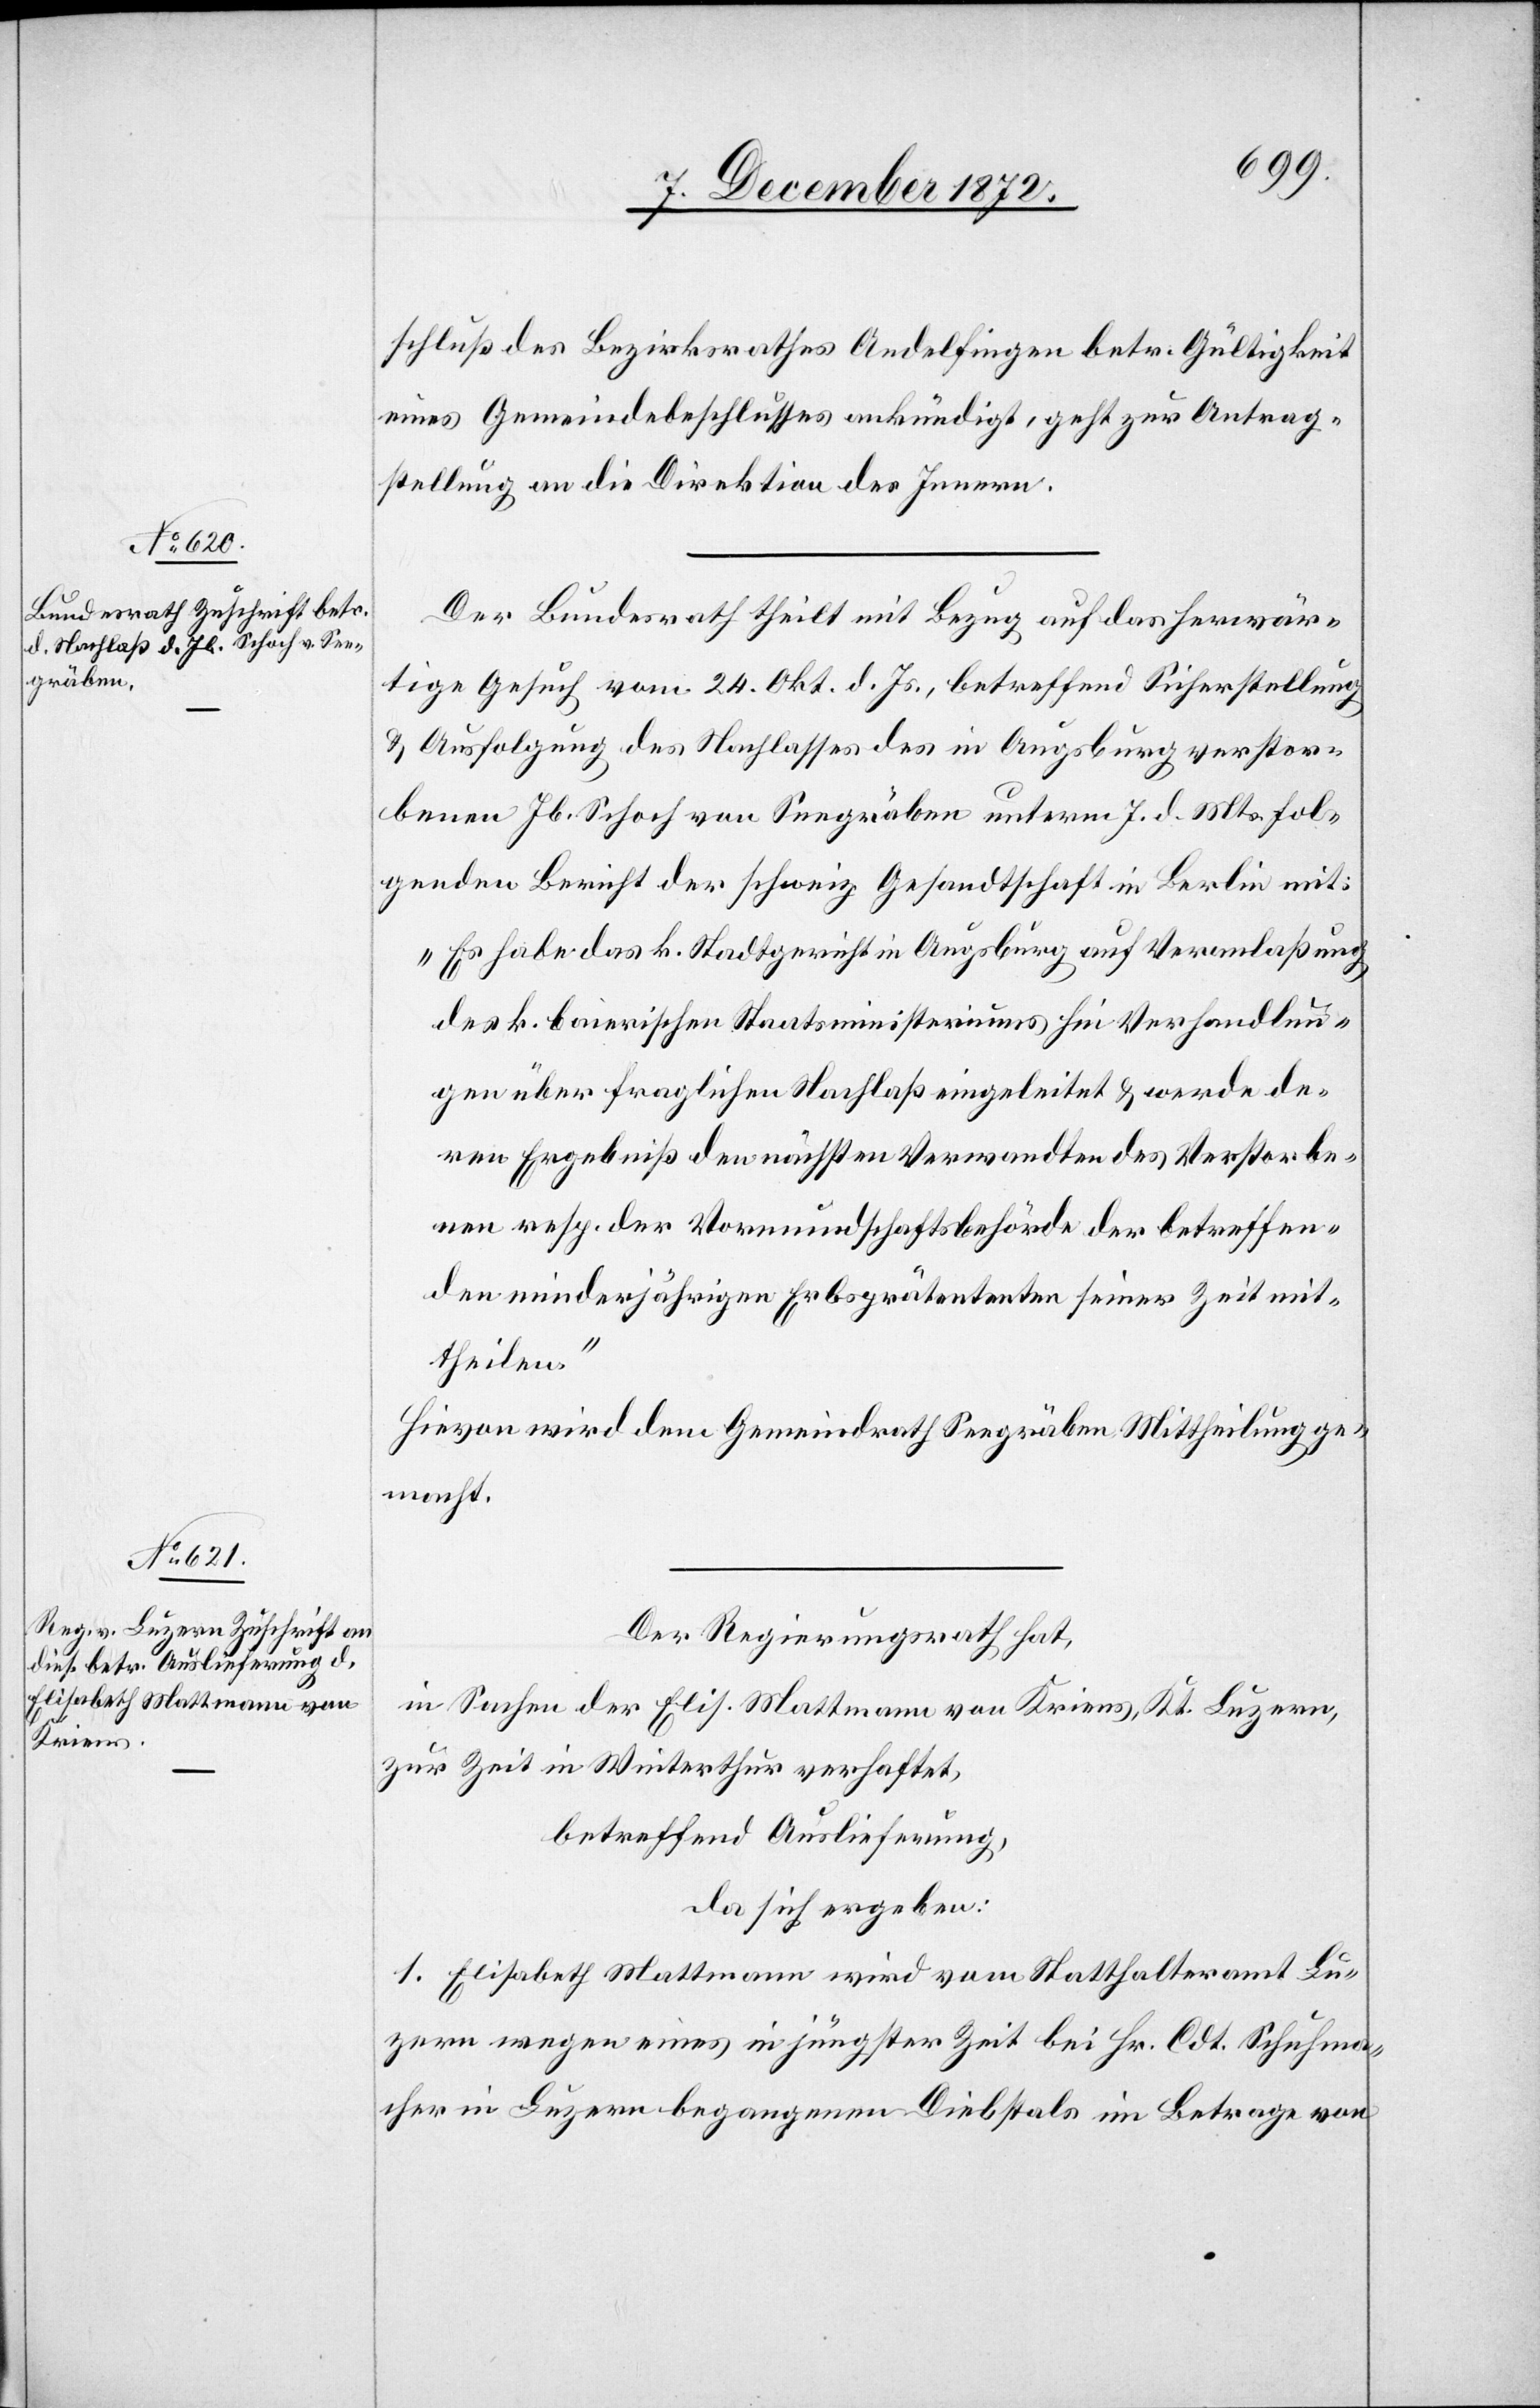
10. December 1872.]
schluß des Bezirksrathes Andelfingen betr. Gültigkeit
eines Gemeindebeschlusses ankündigt, geht zur Antrag¬
stellung an die Direktion des Innern.
Der Bundesrath theilt mit Bezug auf das herwär¬
tige Gesuch vom 24. Okt. d. Js., betreffend Sicherstellung
u. Ausfolgung des Nachlasses des in Augsburg verstor¬
benen Jb. Schoch von Seegräben unterm 7. d. Mts. fol¬
genden Bericht der schweiz. Gesandtschaft in Berlin mit:
„Es habe das k. Stadtgericht in Augsburg auf Veranlaßung
des k. baierischen Staatsministeriums hin Verhandlun¬
gen über fraglichen Nachlaß eingeleitet u. werde de¬
ren Ergebniß den nächsten Verwandten des Verstorbe¬
nen resp. der Vormundschaftsbehörde der betreffen¬
den minderjährigen Erbsprätententen seiner Zeit mit¬
theilen.“
Hievon wird dem Gemeindrath Seegräben Mittheilung ge¬
macht.
Der Regierungsrath hat,
in Sachen der Elis. Mattmann von Kriens, Kt. Luzern,
zur Zeit in Winterthur verhaftet,
betreffend Auslieferung,
da sich ergeben:
1. Elisabeth Mattmann wird vom Statthalteramt Lu¬
zern wegen eines in jüngster Zeit bei Hr. Cdt. Schuhma¬
cher in Luzern begangenen Diebstals im Betrage von